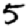
Digit: 5